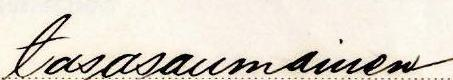
tasasaumainen